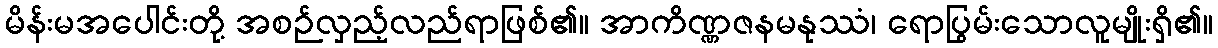
မိန်းမအပေါင်းတို့ အစဉ်လှည့်လည်ရာဖြစ်၏။ အာကိဏ္ဏဇနမနုဿံ၊ ရောပြွမ်းသောလူမျိုးရှိ၏။